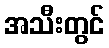
အသီးတွင်